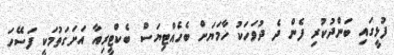
ފުޅީގައި ބަންދުކުރި ފެން ދެ ދުވަހަކު ހާމަޔަށް ބެހެއްޓިޔަސް ބެކްޓީރިއާ އަށަގަތުމަކީ ފަސޭހަ